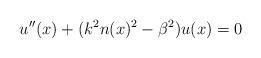
LaTeX: \begin{align*} u''(x)+(k^2n(x)^2-\beta^2)u(x)=0\end{align*}